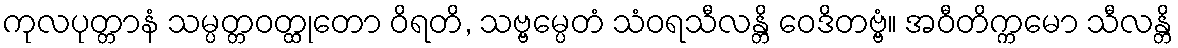
ကုလပုတ္တာနံ သမ္ပတ္တဝတ္ထုတော ဝိရတိ, သဗ္ဗမ္ပေတံ သံဝရသီလန္တိ ဝေဒိတဗ္ဗံ။ အဝီတိက္ကမော သီလန္တိ